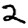
Digit: 2